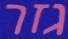
גזר